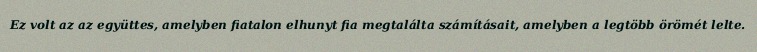
Ez volt az az együttes, amelyben fiatalon elhunyt fia megtalálta számításait, amelyben a legtöbb örömét lelte.